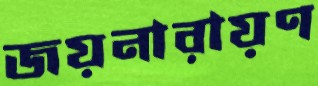
জয়নারায়ণ